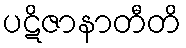
ပဋိဇာနာတီတိ